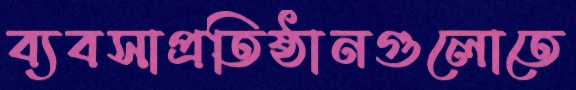
ব্যবসাপ্রতিষ্ঠানগুলোতে